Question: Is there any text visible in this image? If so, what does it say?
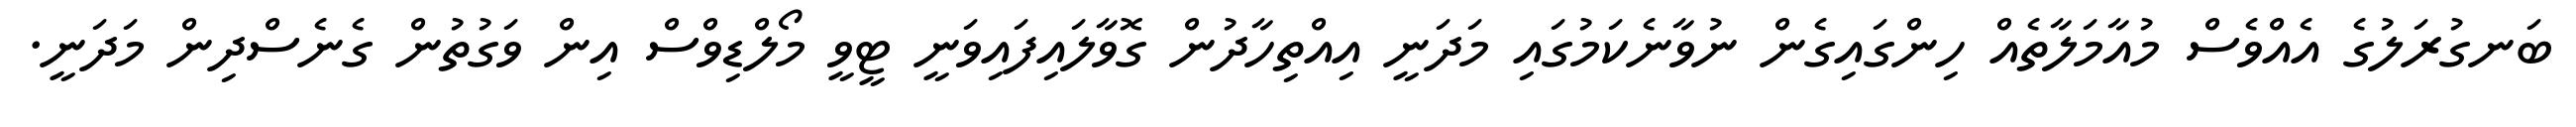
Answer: ބަނގުރަލުގެ އެއްވެސް މުއާމަލާތެއް ހިންގައިގެން ނުވާނެކަމުގައި މަދަނީ އިއްތިހާދުން ގޮވާލައިފައިވަނީ ޓީވީ މޯލްޑިވްސް އިން ވަގުތުން ގެނެސްދިން މަދަނީ.